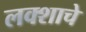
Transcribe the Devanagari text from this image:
लक्शाचे